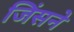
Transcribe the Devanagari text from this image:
जिंसने